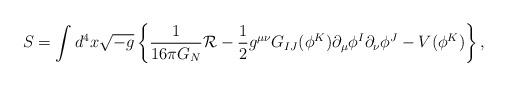
LaTeX: \begin{align*}S = \int d^4 x \sqrt{-g} \left\{ {1\over 16 \pi G_N} {\cal R} - \frac{1}{2}g^{\mu \nu} G_{IJ}(\phi^K) \partial_{\mu}\phi^I \partial_{\nu} \phi^J -V(\phi^K)\right\},\end{align*}